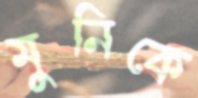
মুনিকে